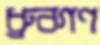
ধ্রুবগণ